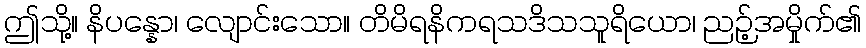
ဤသို့။ နိပန္နော၊ လျောင်းသော။ တိမိရနိကရသဒိသသူရိယော၊ ညဉ့်အမှိုက်၏